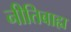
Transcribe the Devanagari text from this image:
नीतिबाह्य